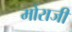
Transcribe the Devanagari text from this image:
मोराजी